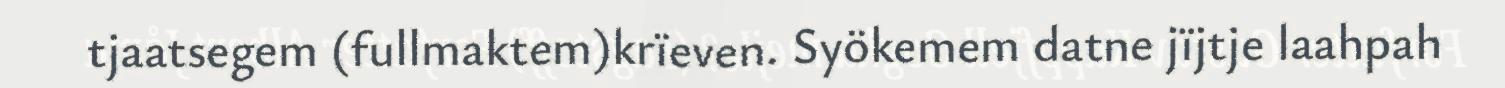
tjaatsegem (fullmaktem)krïeven. Syökemem datne jïjtje laahpah